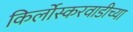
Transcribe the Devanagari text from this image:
किर्लोस्करवाडीच्या